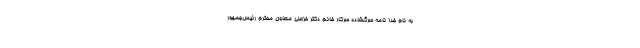
به نام خدا نامه سرگشاده سرکار خانم دکتر خزعلی معاون محترم رئیس‌جمهور